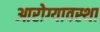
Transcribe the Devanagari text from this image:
आरोग्यावस्था